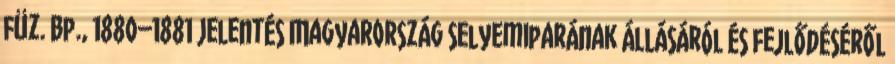
füz. Bp., 1880–1881 Jelentés Magyarország selyemiparának állásáról és fejlődéséről